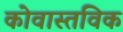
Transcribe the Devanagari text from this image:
कोवास्तविक